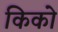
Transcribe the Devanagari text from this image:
किको